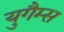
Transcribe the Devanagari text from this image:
युगैम्स